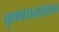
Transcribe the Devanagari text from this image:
कृष्णप्पनायकन